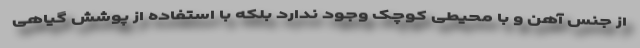
از جنس آهن و با محیطی کوچک وجود ندارد بلکه با استفاده از پوشش گیاهی